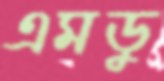
এমডু